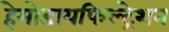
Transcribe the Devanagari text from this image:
हेमोडायफिल्ट्रेशन